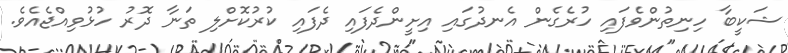
ޝަކީބާ ހިނިތުންވެފައި ހުރެގެން އެނދުގައި އިށީންދެފައި ދެފައި ކުރުކޮށްލި ތަނާ ދޮރު ހުޅުވިއްޖެއެވެ.